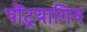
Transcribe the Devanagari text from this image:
पोंट्रयागिन